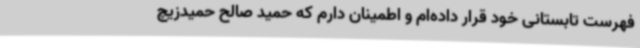
فهرست تابستانی خود قرار داده‌ام و اطمینان دارم که حمید صالح حمیدزیچ